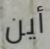
أين